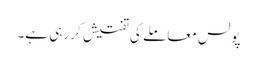
پولس معاملے کی تفتیش کر رہی ہے۔